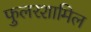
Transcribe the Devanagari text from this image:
फुलरशामिल